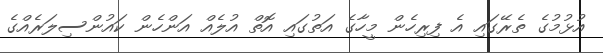
އުޅުމުގެ ތެރޭގައި އެ ފިރިހެން މީހާގެ އަތުގައި އޮތް އުލެއް އަންހެން ކައުންސިލަރެއްގެ